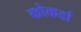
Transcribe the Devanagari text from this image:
कोकर्डा